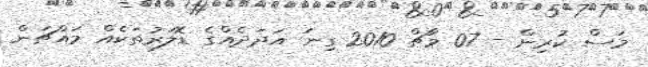
މަސް ކުރިން - 07 މާޗް 2010 ގިނަ އަދަދެއްގެ ޑޮލަރުތަކެއް މައްޗަން